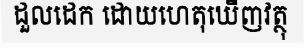
ដួលដេក ដោយហេតុឃើញវត្ថុ